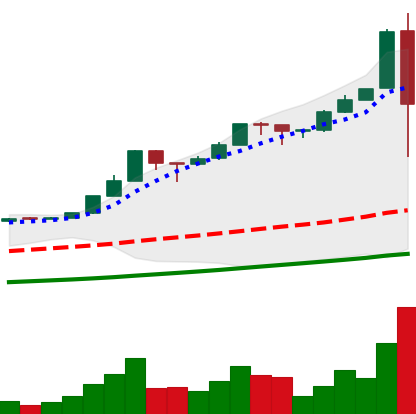
Ticker: BTC-USD
Chart end date: 2017-01-05
Forward return: -10.431%
Label: down_7plus